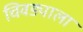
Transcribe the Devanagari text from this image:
चिवड्याला